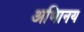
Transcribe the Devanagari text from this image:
अभािनय